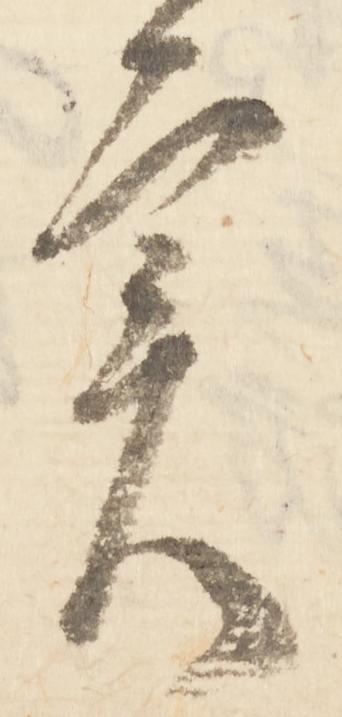
実